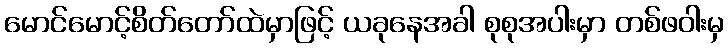
မောင်မောင့်စိတ်တော်ထဲမှာဖြင့် ယခုနေအခါ စုစုအပါးမှာ တစ်ဖဝါးမှ